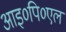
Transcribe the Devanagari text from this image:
आइ०पि०एल